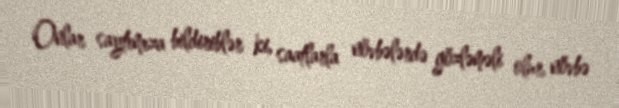
Onlar saytımıza bildiriblər ki, saatlarla növbələrdə gözləməli olur, növbə